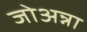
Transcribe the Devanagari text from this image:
जोअन्ना